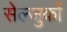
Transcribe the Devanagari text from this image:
सेल्जुकों